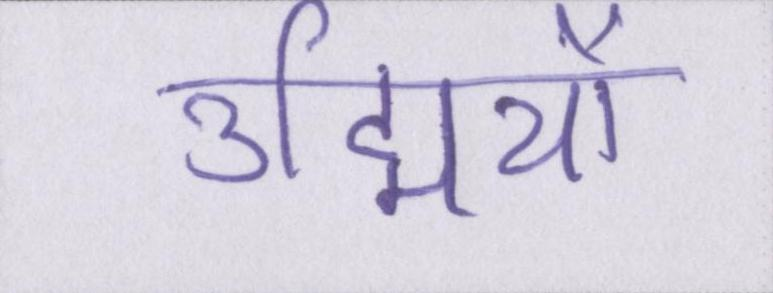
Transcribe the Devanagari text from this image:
उद्मियों